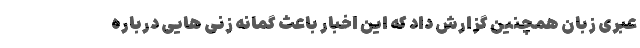
عبری زبان همچنین گزارش داد که این اخبار باعث گمانه زنی هایی درباره